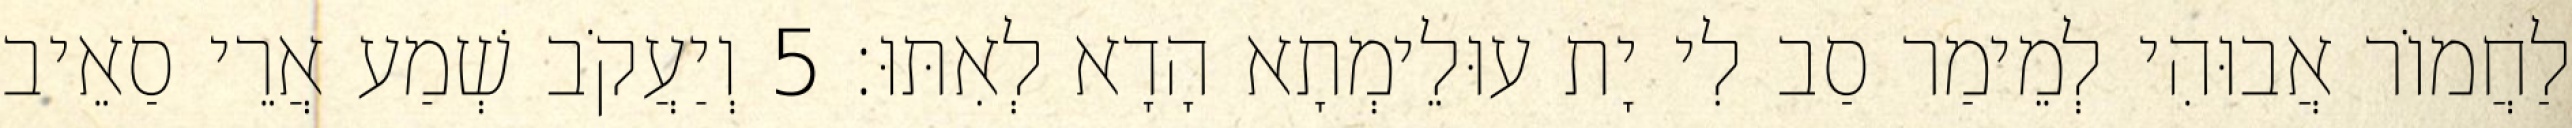
לַחֲמוֹר אֲבוּהִי לְמֵימַר סַב לִי יָת עוּלֵימְתָא הָדָא לְאִתּוּ׃ 5 וְיַעֲקֹב שְׁמַע אֲרֵי סַאֵיב